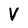
Character: V